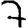
Digit: 7